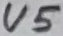
Text: U5